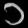
Digit: ၁